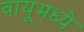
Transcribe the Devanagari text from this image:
वायूमध्ये